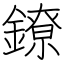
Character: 鐐